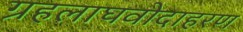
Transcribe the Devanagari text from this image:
ग्रहलाघवोदाहरण